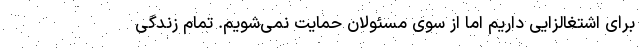
برای اشتغالزایی داریم اما از سوی مسئولان حمایت نمی‌شویم. تمام زندگی